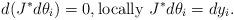
LaTeX: \begin{align*}d(J^*d\theta_i)=0,\mbox{locally } J^*d\theta_i=dy_i.\end{align*}